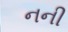
નની